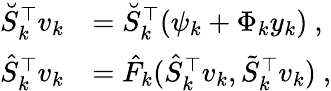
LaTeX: \begin{array}{rl}{\breve{S}_{k}^{\top}v_{k}}&{=\breve{S}_{k}^{\top}(\psi_{k}+\Phi_{k}y_{k})\mathrm{~,}}\\ {\hat{S}_{k}^{\top}v_{k}}&{=\hat{F}_{k}(\hat{S}_{k}^{\top}v_{k},\tilde{S}_{k}^{\top}v_{k})\mathrm{~,}}\end{array}